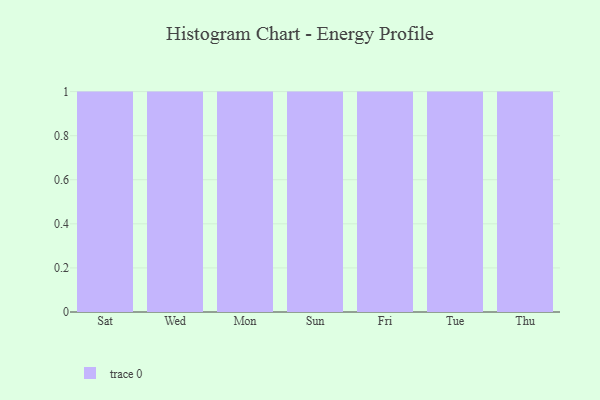
{"axis": {"x": "Day", "y": "Demand Index"}, "legend": [""], "data": [{"x": "Sat", "y": 15, "type": ""}, {"x": "Wed", "y": 76, "type": ""}, {"x": "Mon", "y": 81, "type": ""}, {"x": "Sun", "y": 43, "type": ""}, {"x": "Fri", "y": 49, "type": ""}, {"x": "Tue", "y": 93, "type": ""}, {"x": "Thu", "y": 100, "type": ""}]}